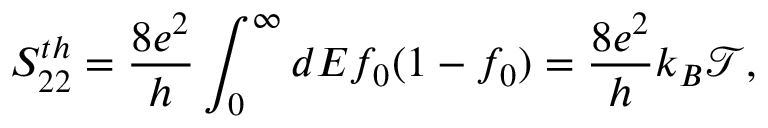
{ S _ { 2 2 } ^ { t h } = \frac { 8 e ^ { 2 } } { h } \int _ { 0 } ^ { \infty } d E f _ { 0 } ( 1 - f _ { 0 } ) = \frac { 8 e ^ { 2 } } { h } k _ { B } \mathcal { T } , }